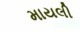
માયલી